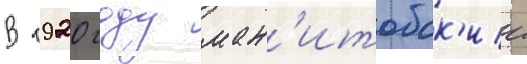
В 1920 году ман'итобск'ии